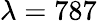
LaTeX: \lambda=787